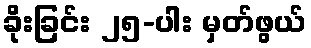
ခိုးခြင်း ၂၅-ပါး မှတ်ဖွယ်